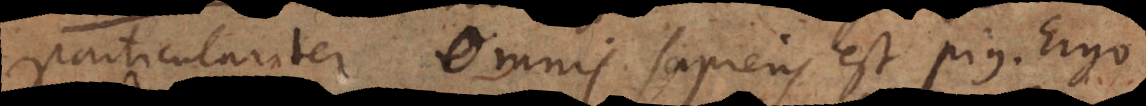
particulariter. Omnis sapiens est pius. Ergo